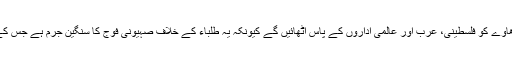
ابو حجلہ نے کہا کہ وہ یونیورسٹی پر صہیونی فوج کے دھاوے کو فلسطینی، عرب اور عالمی اداروں کے پاس اُٹھائیں گے کیونکہ یہ طلباء کے خلاف صہیونی فوج کا سنگین جرم ہے جس کے نتیجے میں طلباء کی زندگیاں خطرے میں پڑ چکی ہیں۔